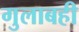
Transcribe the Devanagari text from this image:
गुलाबही